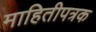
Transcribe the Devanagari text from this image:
माहितीपत्रक